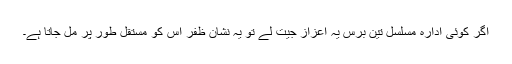
اگر کوئی ادارہ مسلسل تین برس یہ اعزاز جیت لے تو یہ نشان ظفر اس کو مستقل طور پر مل جاتا ہے۔